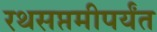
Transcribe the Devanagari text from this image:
रथसप्तमीपर्यंत